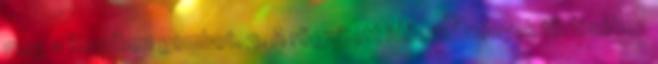
meg a Rendben gombot. 3. A rögzített időeredmények törléséhez